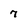
Character: 7